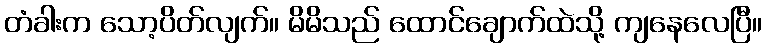
တံခါးက သော့ပိတ်လျက်။ မိမိသည် ထောင်ချောက်ထဲသို့ ကျနေလေပြီ။